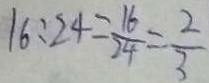
1 6 : 2 4 = \frac { 1 6 } { 2 4 } = \frac { 2 } { 3 }